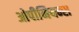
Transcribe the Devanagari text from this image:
ओपीनियन्स